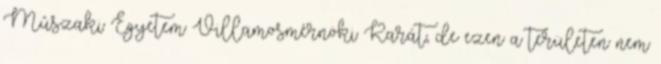
Mûszaki Egyetem Villamosmérnöki Karát, de ezen a területen nem